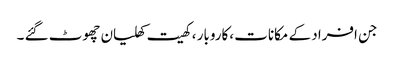
جن افراد کے مکانات ،کاروبار ، کھیت کھلیان چھوٹ گئے ۔